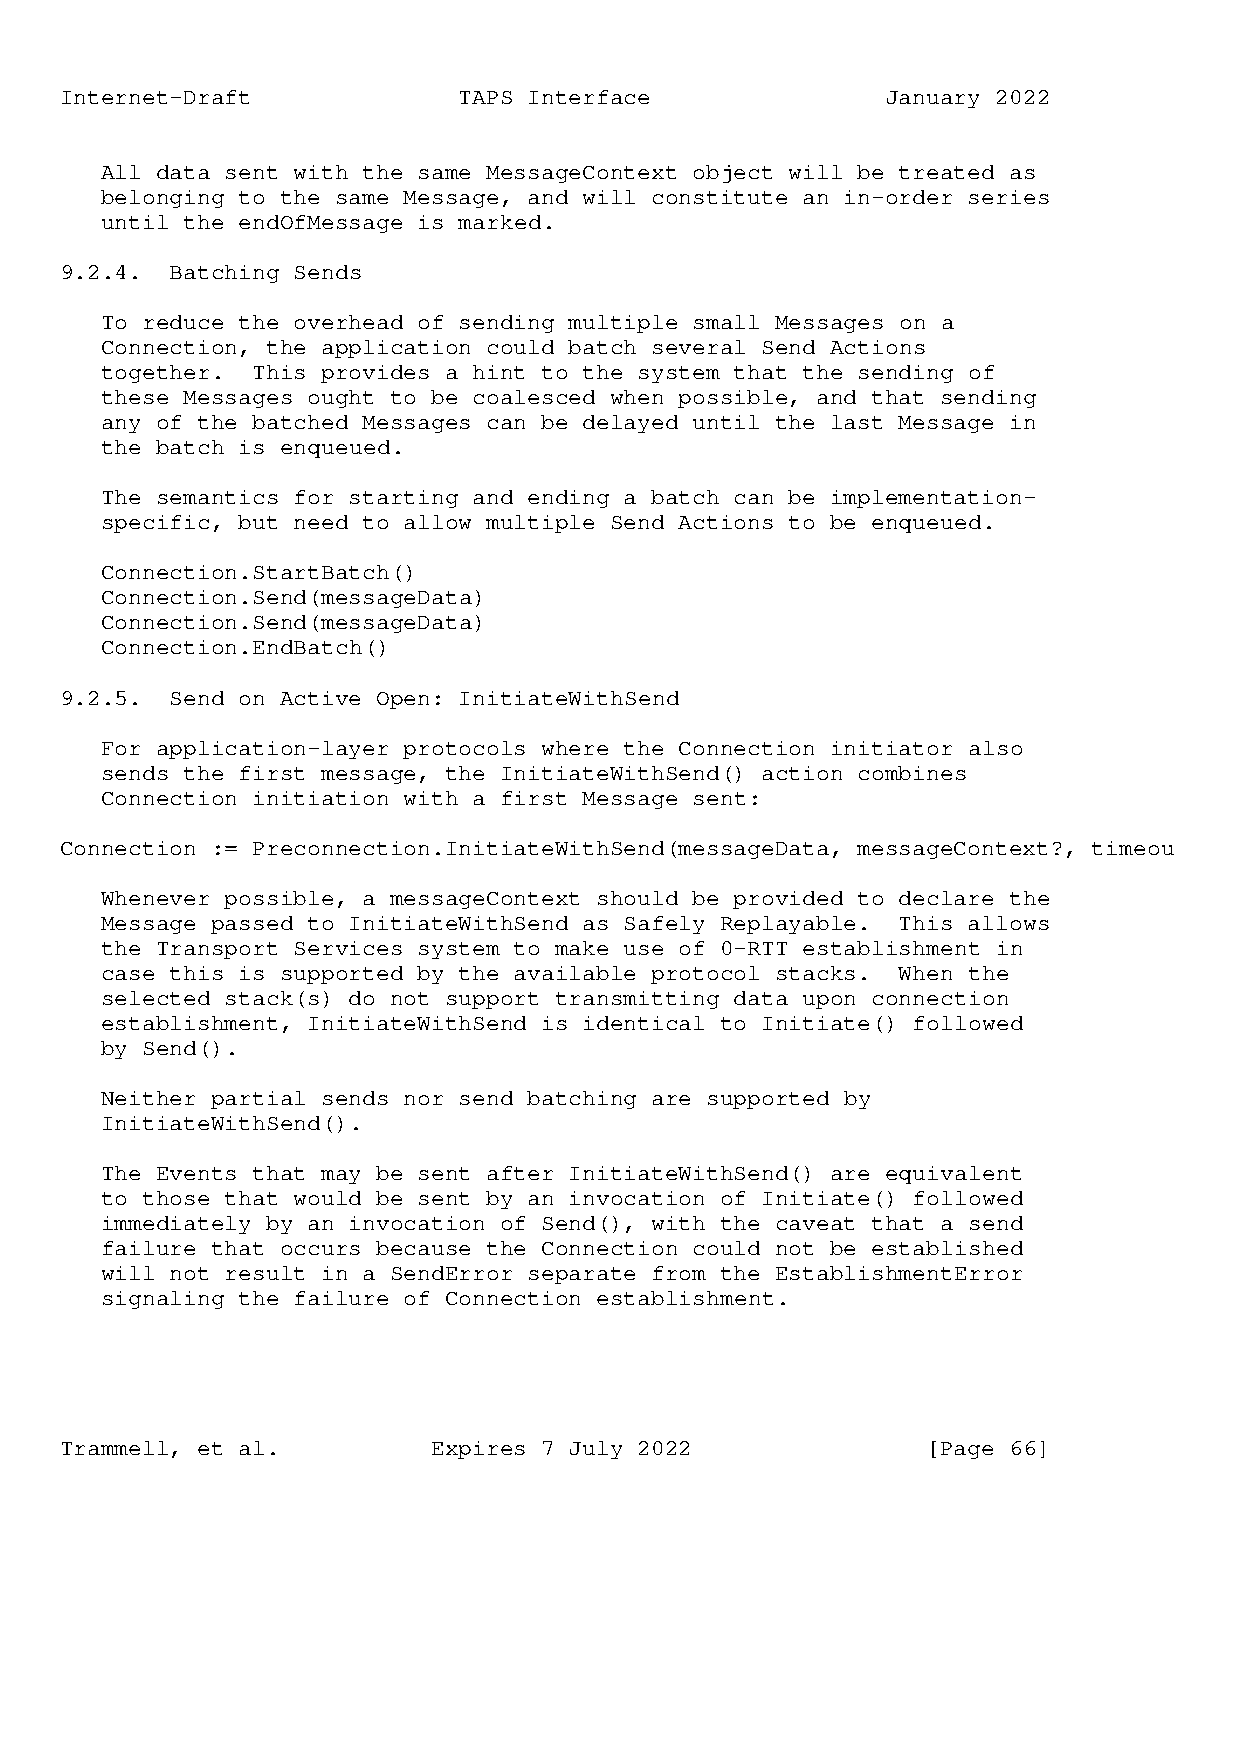
Internet-Draft            TAPS Interface               January 2022
 All data sent with the same MessageContext object will be treated as
 belonging to the same Message, and will constitute an in-order series
 until the endOfMessage is marked.
 9.2.4. Batching Sends
 To reduce the overhead of sending multiple small Messages on a
 Connection, the application could batch several Send Actions
 together. This provides a hint to the system that the sending of
 these Messages ought to be coalesced when possible, and that sending
 any of the batched Messages can be delayed until the last Message in
 the batch is enqueued.
 The semantics for starting and ending a batch can be implementation-
 specific, but need to allow multiple Send Actions to be enqueued.
 Connection.StartBatch()
 Connection.Send(messageData)
 Connection.Send(messageData)
 Connection.EndBatch()
 9.2.5. Send on Active Open: InitiateWithSend
 For application-layer protocols where the Connection initiator also
 sends the first message, the InitiateWithSend() action combines
 Connection initiation with a first Message sent:
 Connection := Preconnection.InitiateWithSend(messageData, messageContext?, timeou
 Whenever possible, a messageContext should be provided to declare the
 Message passed to InitiateWithSend as Safely Replayable. This allows
 the Transport Services system to make use of 0-RTT establishment in
 case this is supported by the available protocol stacks. When the
 selected stack(s) do not support transmitting data upon connection
 establishment, InitiateWithSend is identical to Initiate() followed
 by Send().
 Neither partial sends nor send batching are supported by
 InitiateWithSend().
 The Events that may be sent after InitiateWithSend() are equivalent
 to those that would be sent by an invocation of Initiate() followed
 immediately by an invocation of Send(), with the caveat that a send
 failure that occurs because the Connection could not be established
 will not result in a SendError separate from the EstablishmentError
 signaling the failure of Connection establishment.
 Trammell, et al.         Expires 7 July 2022             [Page 66]